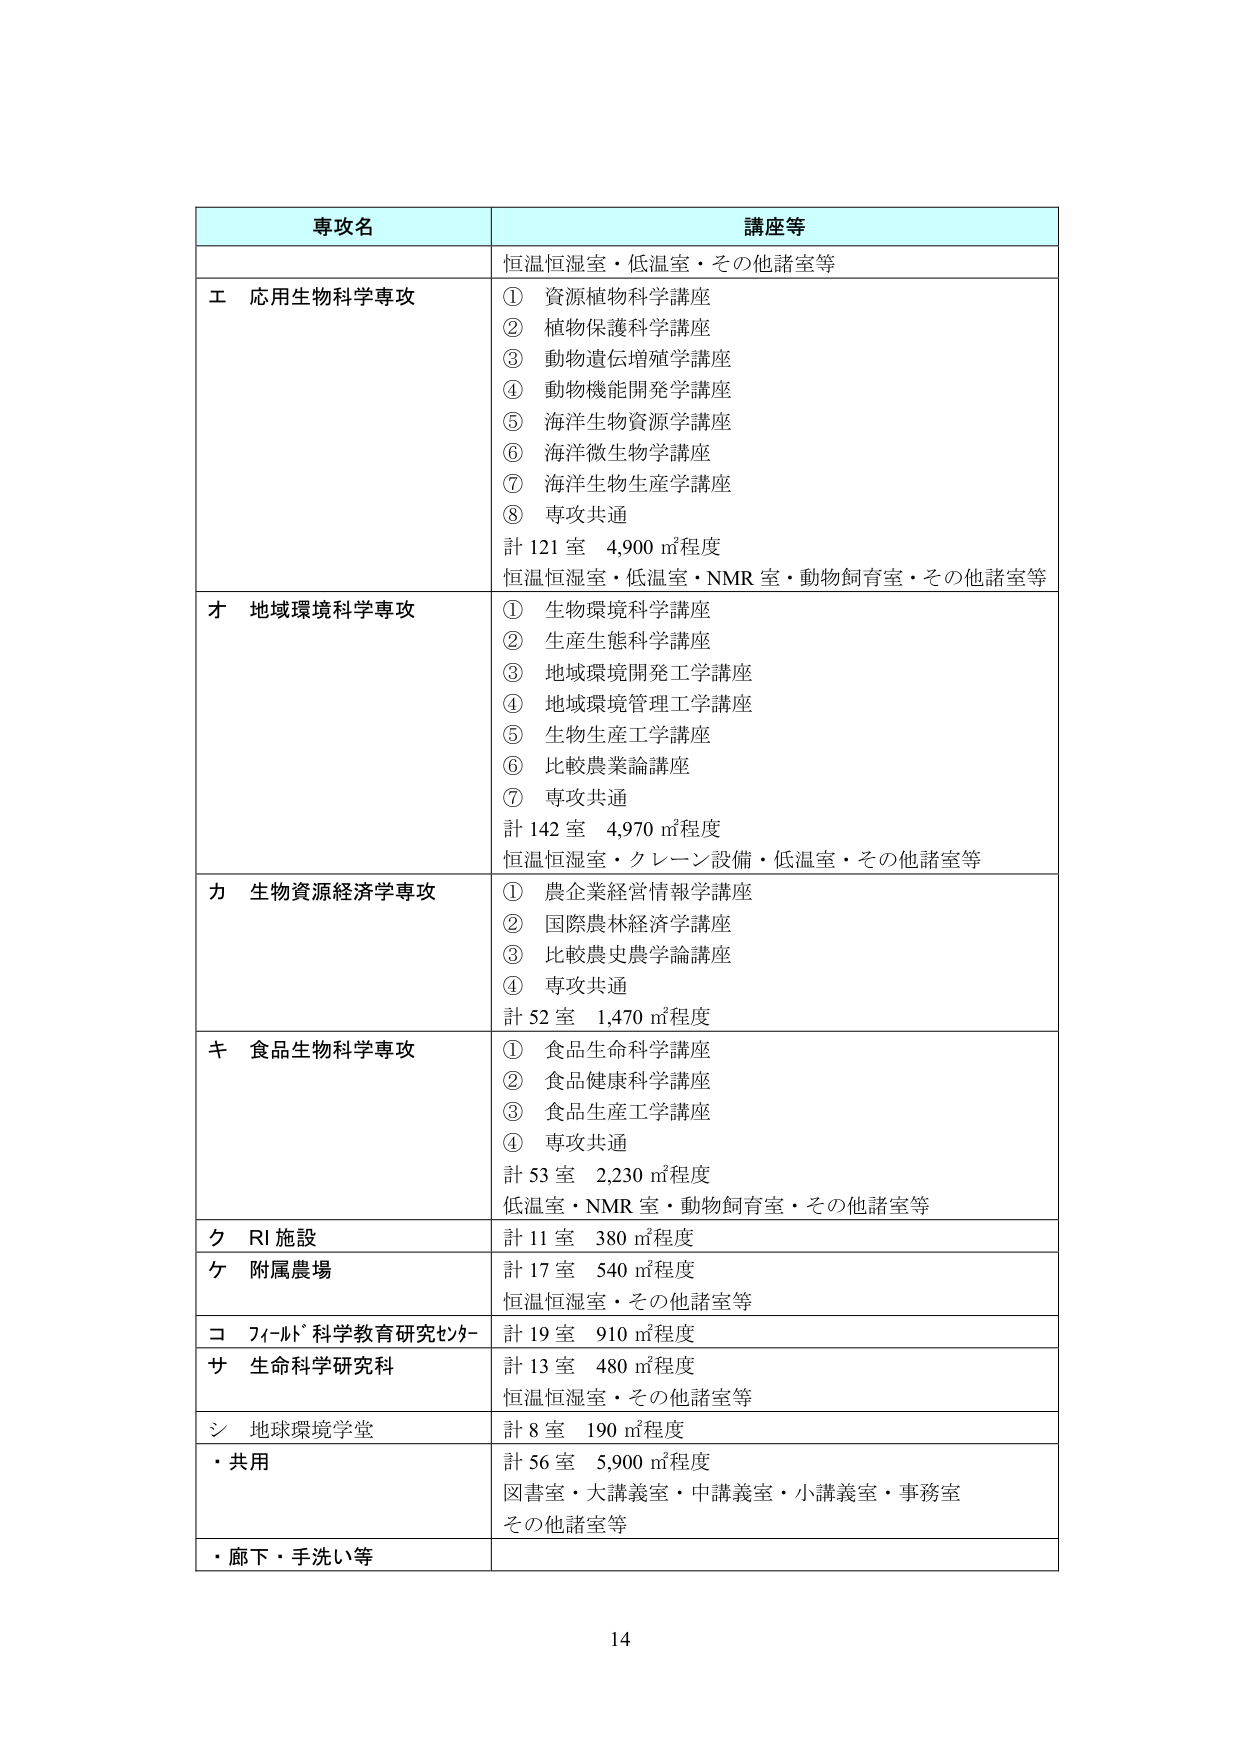
専攻名 講座等
恒温恒湿室・低温室・その他諸室等
エ 応用生物科学専攻
① 資源植物科学講座
② 植物保護科学講座
③ 動物遺伝増殖学講座
④ 動物機能開発学講座
⑤ 海洋生物資源学講座
⑥ 海洋微生物学講座
⑦ 海洋生物生産学講座
⑧ 専攻共通
計 121 室 4,900 ㎡程度
恒温恒湿室・低温室・NMR 室・動物飼育室・その他諸室等
オ 地域環境科学専攻
① 生物環境科学講座
② 生産生態科学講座
③ 地域環境開発工学講座
④ 地域環境管理工学講座
⑤ 生物生産工学講座
⑥ 比較農業論講座
⑦ 専攻共通
計 142 室 4,970 ㎡程度
恒温恒湿室・クレーン設備・低温室・その他諸室等
カ 生物資源経済学専攻
① 農企業経営情報学講座
② 国際農林経済学講座
③ 比較農史農学論講座
④ 専攻共通
計 52 室 1,470 ㎡程度
キ 食品生物科学専攻
① 食品生命科学講座
② 食品健康科学講座
③ 食品生産工学講座
④ 専攻共通
計 53 室 2,230 ㎡程度
低温室・NMR 室・動物飼育室・その他諸室等
ク RI 施設
計 11 室 380 ㎡程度
ケ 附属農場
計 17 室 540 ㎡程度
恒温恒湿室・その他諸室等
コ フィールド科学教育研究センター
計 19 室 910 ㎡程度
サ 生命科学研究科
計 13 室 480 ㎡程度
恒温恒湿室・その他諸室等
シ 地球環境学堂
計 8 室 190 ㎡程度
・共用
計 56 室 5,900 ㎡程度
図書室・大講義室・中講義室・小講義室・事務室
その他諸室等
・廊下・手洗い等
14